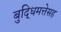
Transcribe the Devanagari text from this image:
बुद्धिमत्तेसह